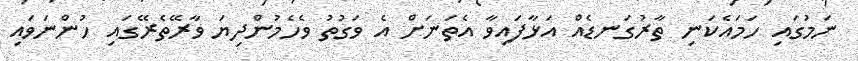
ނަމުގައި ހަމައެކަނި ތާރުގަނޑެއް އަޅާފައިވާ އެތަނަށް އެ ވަގުތު ވެހެމުންދިޔަ ވާރޭތެރޭގައި ހުންނަވައި